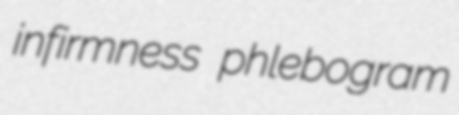
infirmness phlebogram